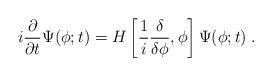
LaTeX: \begin{align*}i \frac{\partial}{\partial t} \Psi(\phi; t ) =H \left [ \frac{1}{i} \frac{\delta}{\delta \phi}, \phi \right ] \Psi(\phi; t) \; .\end{align*}